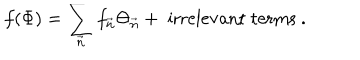
LaTeX: f ( \Phi ) = \sum _ { \vec { n } } f _ { \vec { n } } \Theta _ { \vec { n } } + \; \mathrm { i r r e l e v a n t ~ t e r m s } \ .